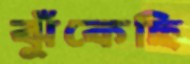
ঝুঁকেছি